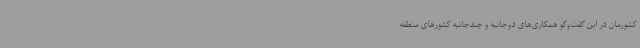
کشورمان در این گفت‌وگو همکاری‌های دوجانبه و چندجانبه کشورهای منطقه